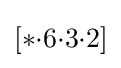
[*{\cdot }6{\cdot }3{\cdot }2]